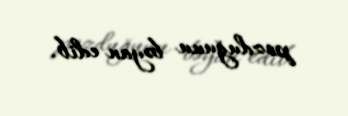
pozduğunu bəyan edib.